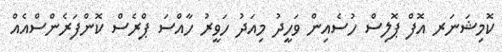
ކޮމިޝަނަރ އޮފް ޕޮލިސް ހުސެއިން ވަހީދު މިއަދު ހަވީރު ހާއްސަ ޕްރެސް ކޮންފަރެންސްއެއް